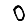
Digit: 0